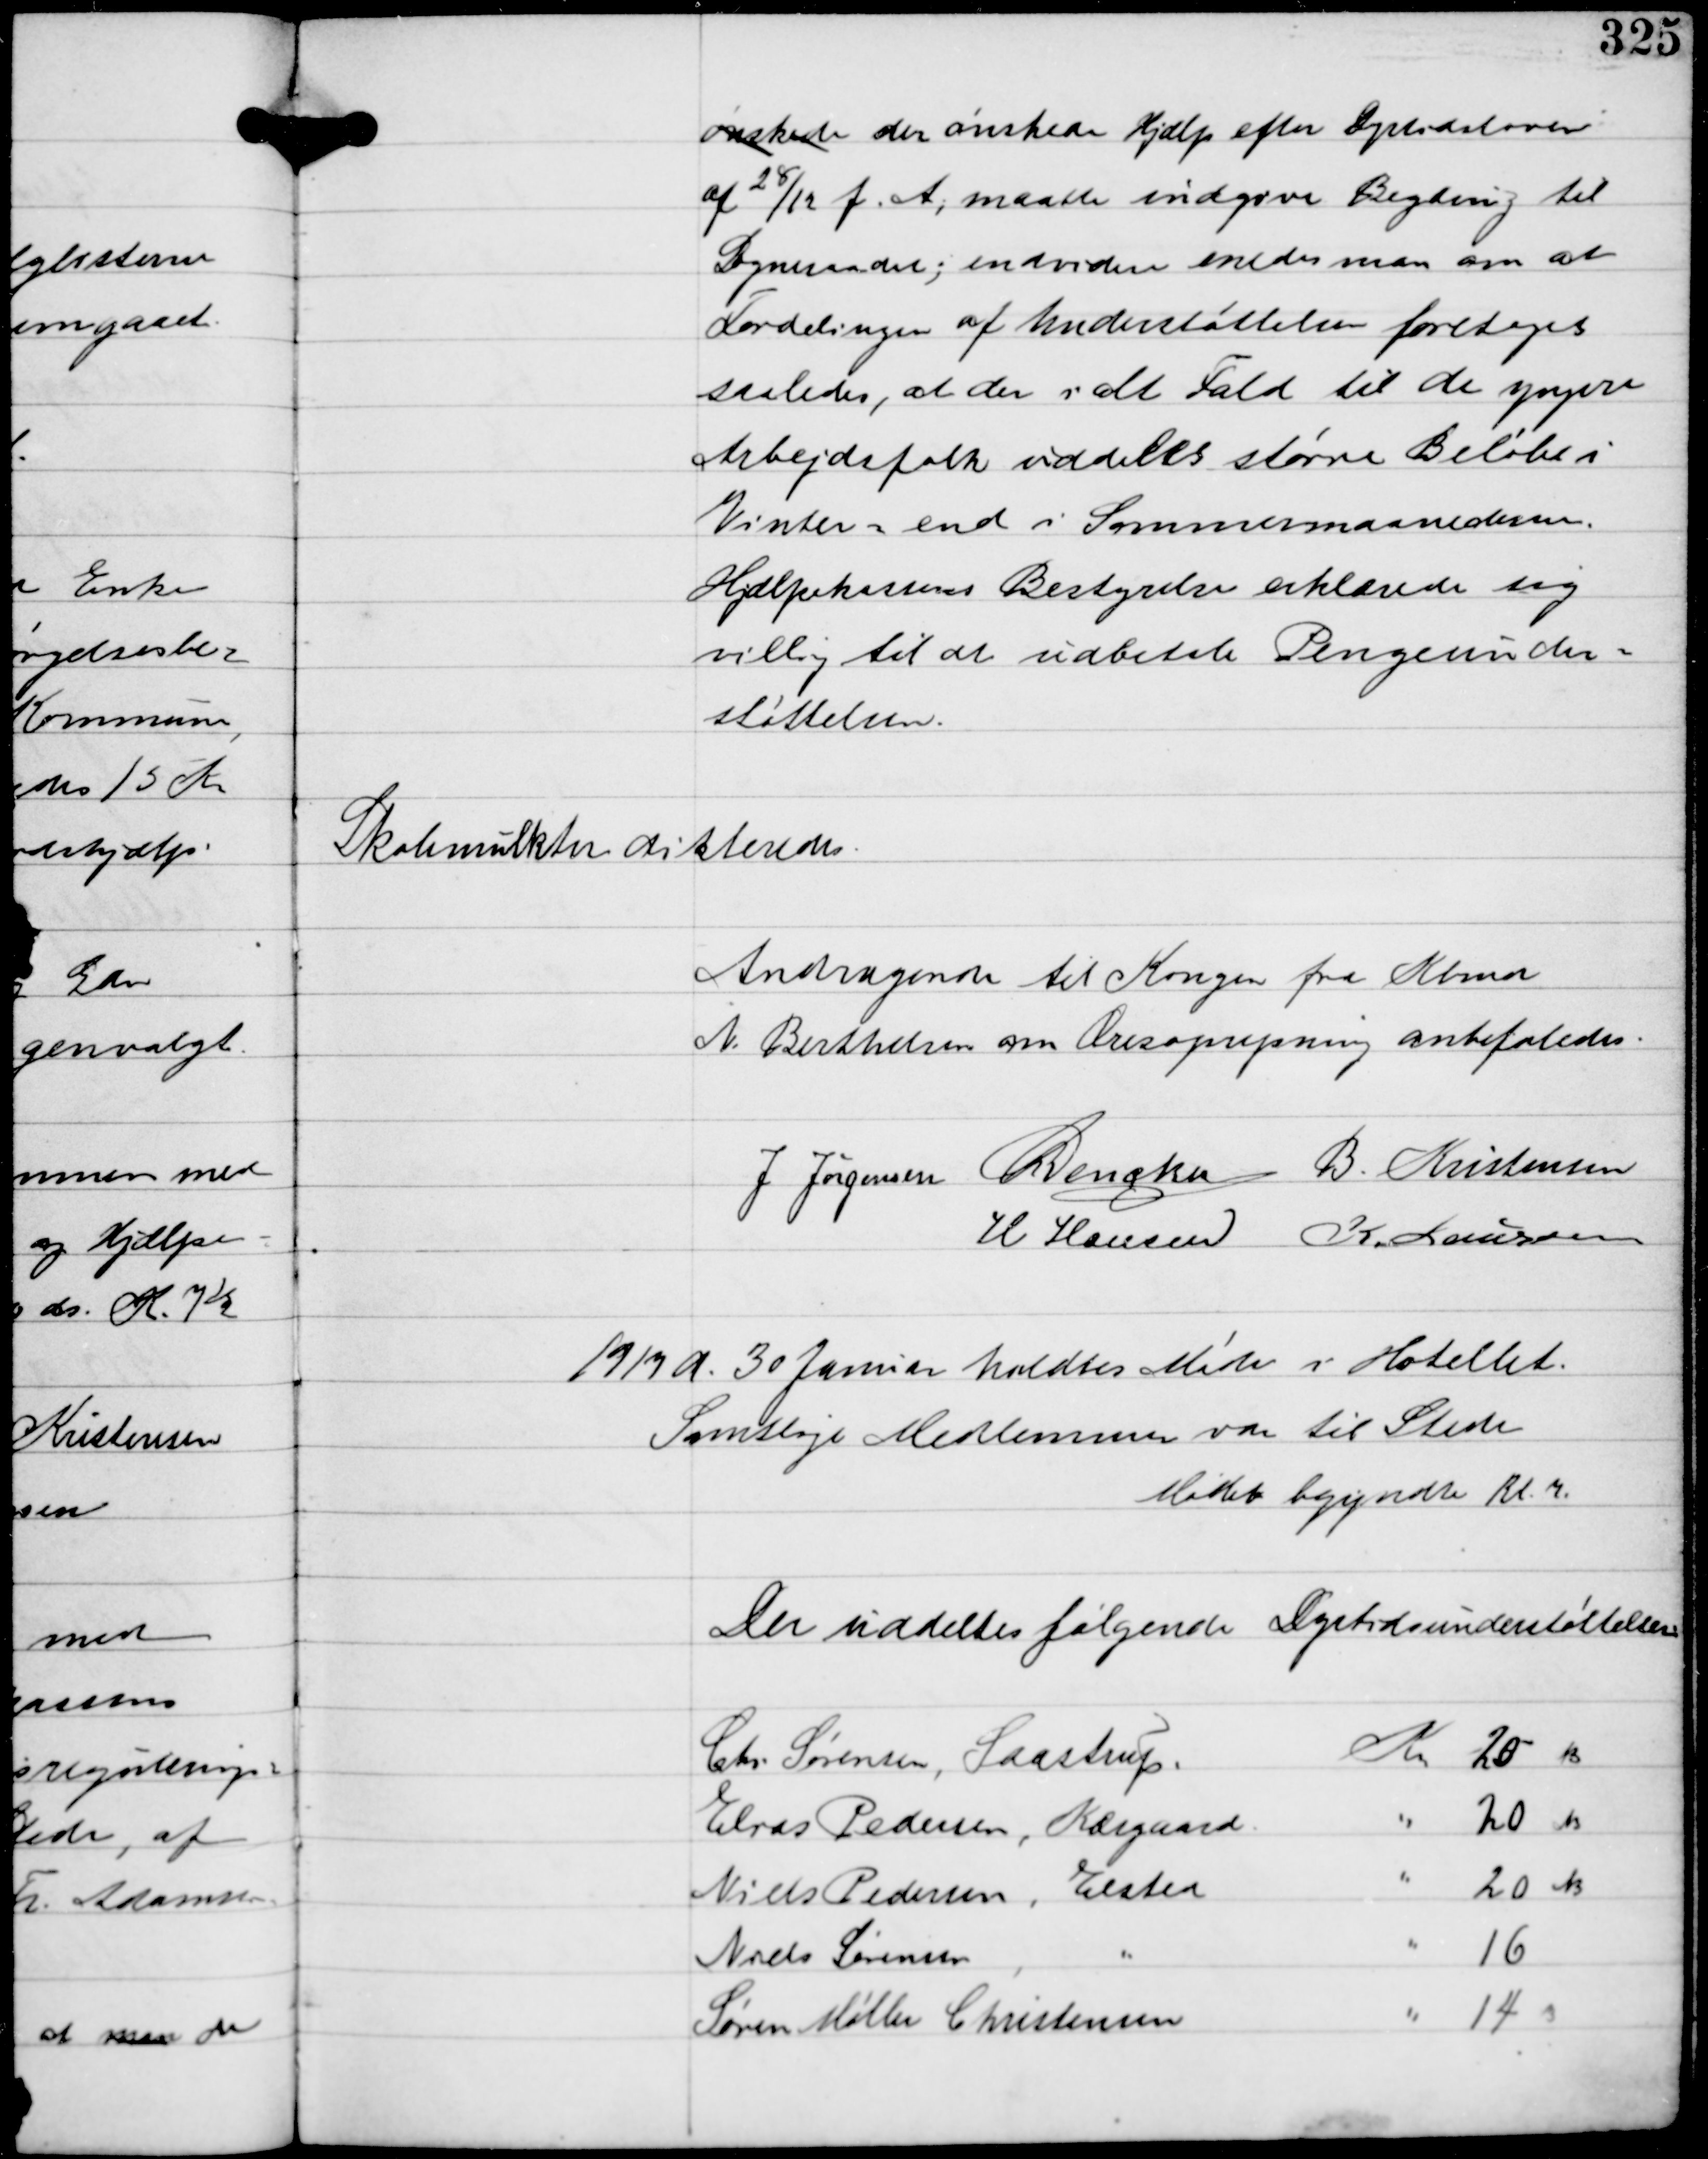
Transskription:
ønskede der ønskede Hjælp efter Dyrtidsloven
af
28
/12
f.A, maatte indgive Begæring til
Synsraadet; endvidere enedes man om at
Fordelingen af Understøttelsen foretoges
saaledes, at der ialt Fald til de yngere
Arbejdsfolk uddeles større Beløb i
Vinter- end i Sommermaanederne.
Hjælpekassens Bestyrelse erklærede sig
villig til at udbetale Pengeunder-
støttelsen.

Skolemulkter dikteredes.

Andragende til Kongen fra Kbmn
N. Berthelsen om Æresoprejsning anbefaledes.

J Jørgensen C Dencker B. Kristensen
H Hansen K. Laursen

1919 d. 30 Januar holdtes Møde i Hotellet.
Samtlige Medlemmer var til Stede
Mødet begyndte Kl 7.

Der uddeltes følgende Dyrtidsunderstøttelser: